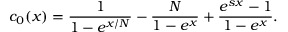
c _ { 0 } ( x ) = \frac { 1 } { 1 - e ^ { x / N } } - \frac { N } { 1 - e ^ { x } } + \frac { e ^ { s x } - 1 } { 1 - e ^ { x } } .